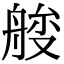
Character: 𦩇